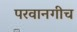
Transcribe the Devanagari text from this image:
परवानगीच